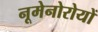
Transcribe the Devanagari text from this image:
नूमेनोरोयों